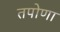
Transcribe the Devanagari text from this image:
तपोणा